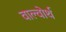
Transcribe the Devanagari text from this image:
वाल्वोर्थ